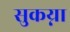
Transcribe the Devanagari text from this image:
सुकय्ना